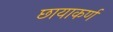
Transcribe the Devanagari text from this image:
छायाकर्ण